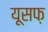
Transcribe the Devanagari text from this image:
यूसफ़